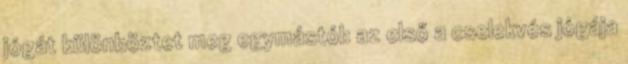
jógát különböztet meg egymástól: az első a cselekvés jógája